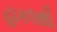
હાકલથી